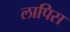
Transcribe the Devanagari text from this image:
लापिस